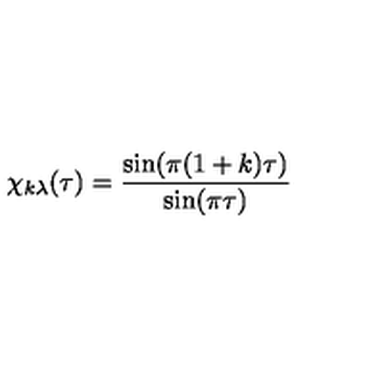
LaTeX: \chi _ { k \lambda } ( \tau ) = \frac { \sin ( \pi ( 1 + k ) \tau ) } { \sin ( \pi \tau ) }